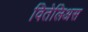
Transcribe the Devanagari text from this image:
वितेलिअस